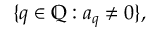
\{ q \in \mathbb { Q } : a _ { q } \neq 0 \} ,